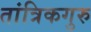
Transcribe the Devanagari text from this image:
तांत्रिकगुरु